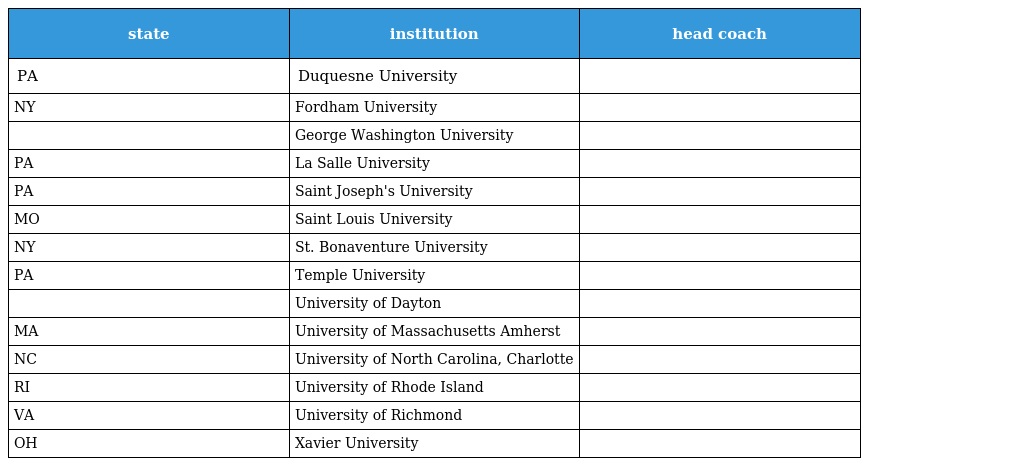
| state | institution | head coach |
 | --- | --- | --- |
 | PA | Duquesne University |  |
 | NY | Fordham University |  |
 |  | George Washington University |  |
 | PA | La Salle University |  |
 | PA | Saint Joseph's University |  |
 | MO | Saint Louis University |  |
 | NY | St. Bonaventure University |  |
 | PA | Temple University |  |
 |  | University of Dayton |  |
 | MA | University of Massachusetts Amherst |  |
 | NC | University of North Carolina, Charlotte |  |
 | RI | University of Rhode Island |  |
 | VA | University of Richmond |  |
 | OH | Xavier University |  |